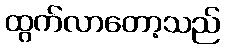
ထွက်လာတော့သည်